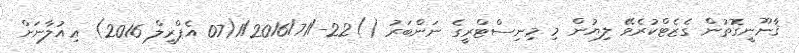
ޤާނޫނީގޮތުން ގެޒެޓްކުރެވޭ ލިޔުން މި މިނިސްޓްރީގެ ނަންބަރު ()22-/1/2016/71(07 އެޕްރީލް 2016) ޢިއުލާނަށް